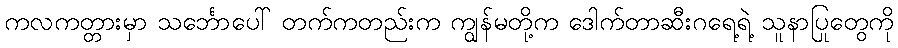
ကလကတ္တားမှာ သင်္ဘောပေါ် တက်ကတည်းက ကျွန်မတို့က ဒေါက်တာဆီးဂရေ့ရဲ့ သူနာပြုတွေကို